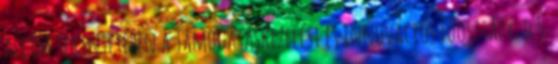
alcím tekintetében a Támogatáskezelési és Innovációs Főosztály; d 5.